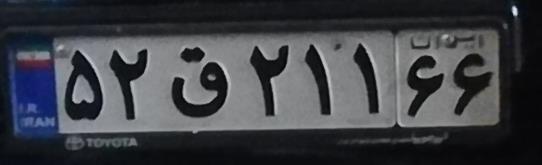
۵۲ق۲۱۱۶۶